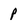
Character: p